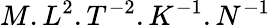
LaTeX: M.L^{2}.T^{-2}.K^{-1}.N^{-1}